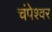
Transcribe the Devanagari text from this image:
चंपेश्वर